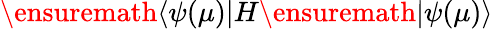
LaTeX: \ensuremath{\langle\psi(\mu)\vert}H\ensuremath{\vert\psi(\mu)\rangle}